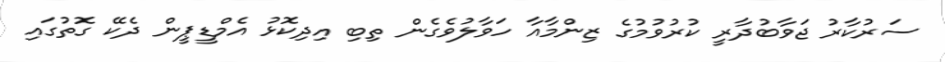
ސަރުކާރު ޖަވާބުދާރީ ކުރުވުމުގެ ޒިންމާއާ ހަވާލުވެގެން ތިބި އިދިކޮޅު އެމްޑީޕީން ދެކޭ ގޮތުގައި